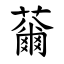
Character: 䕥